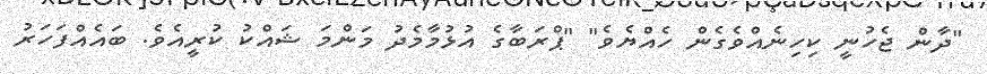
"ދާން ޖެހުނީ ކިހިނެއްވެގެން ހެއްޔެވެ" "ޕްރަބާގެ އުޅުމާމެދު މަންމަ ޝައްކު ކުރީއެވެ. ބައެއްފަހަރު